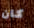
كان